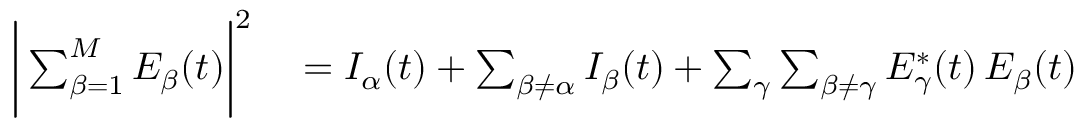
\begin{array} { r l } { \bigg | \sum _ { \beta = 1 } ^ { M } E _ { \beta } ( t ) \bigg | ^ { 2 } } & { { } = I _ { \alpha } ( t ) + \sum _ { \beta \neq \alpha } I _ { \beta } ( t ) + \sum _ { \gamma } \sum _ { \beta \neq \gamma } E _ { \gamma } ^ { * } ( t ) \, E _ { \beta } ( t ) } \end{array}